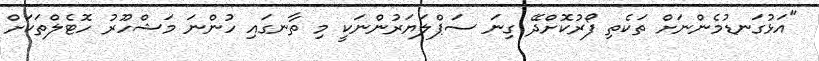
"އަޅުގަނޑުމެންނަށް ތަކެތި ފޯރުކޮށްދޭ ގިނަ ސަޕްލަޔަރުންނަކީ މި ތާނގައި ހުންނަ މަޝްހޫރު ހޮޓެލްތަކަށް